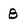
Character: B